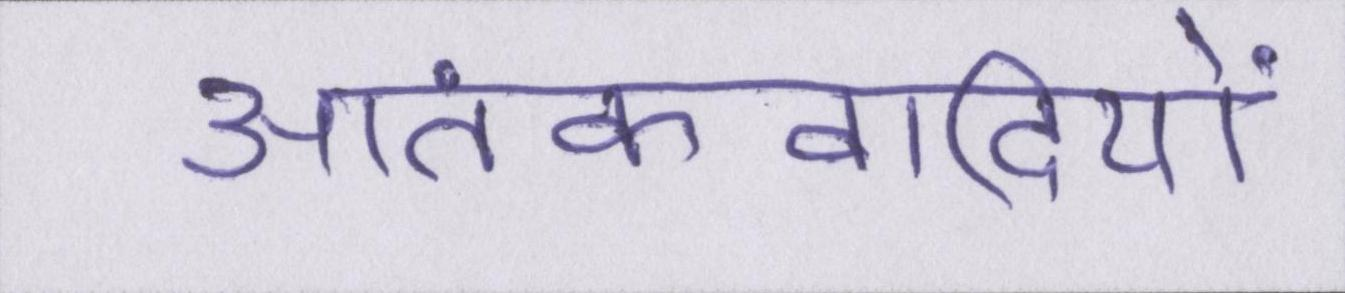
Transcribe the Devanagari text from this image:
आतंकवादियों